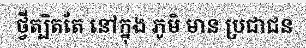
ថ្វីត្បិតតែ នៅក្នុង ភូមិ មាន ប្រជាជន